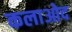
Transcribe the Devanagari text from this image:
कलाओद